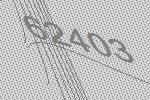
62403